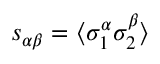
s _ { \alpha \beta } = \langle \sigma _ { 1 } ^ { \alpha } \sigma _ { 2 } ^ { \beta } \rangle